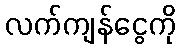
လက်ကျန်ငွေကို